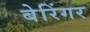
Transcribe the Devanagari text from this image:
बेरिंगर